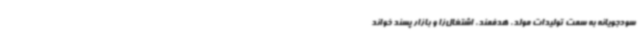
سودجویانه به سمت تولیدات مولد، هدفمند، اشتغال‌زا و بازار پسند خواند